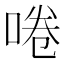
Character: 啳